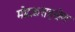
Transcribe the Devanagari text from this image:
मोदकसहस्रेण